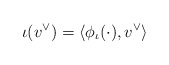
\begin{align*}\iota(v^\vee)=\langle \phi_\iota(\cdot), v^\vee\rangle\end{align*}